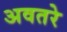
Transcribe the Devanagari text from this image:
अवतरे